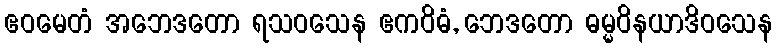
ဧဝမေတံ အဘေဒတော ရသဝသေန ဧကဝိဓံ, ဘေဒတော ဓမ္မဝိနယာဒိဝသေန